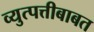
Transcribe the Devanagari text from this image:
व्युत्पत्तीबाबत